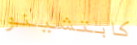
كابتشينو